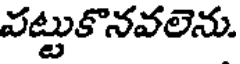
పట్టుకొనవలెను.